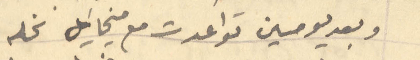
وبعد يومين تواعدت مع ميخائيل نخله